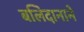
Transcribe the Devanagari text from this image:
बलिदानाने